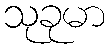
သုခုမာ